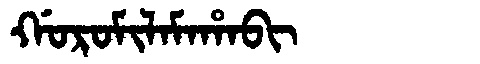
Manchu: ᡤᠣᡵᠣᠮᡳᠯᠠᠮᠠᡥᠠᠪᡳ
Romanization: GOROMILAMAHABI